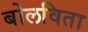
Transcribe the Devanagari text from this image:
बोलविता